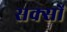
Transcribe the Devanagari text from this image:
सक्सों